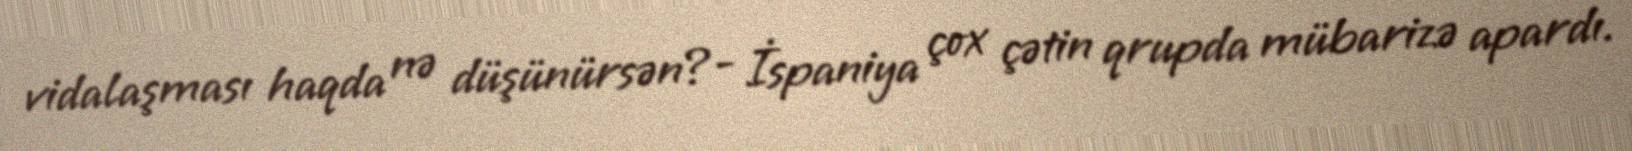
vidalaşması haqda nə düşünürsən?- İspaniya çox çətin qrupda mübarizə apardı.